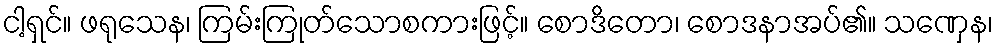
ငါ့ရှင်။ ဖရုသေန၊ ကြမ်းကြုတ်သောစကားဖြင့်။ စောဒိတော၊ စောဒနာအပ်၏။ သဏှေန၊